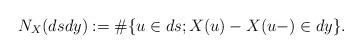
LaTeX: \begin{align*}N_X(dsdy):= \# \{ u \in ds; X(u)-X(u-)\in dy\}. \end{align*}